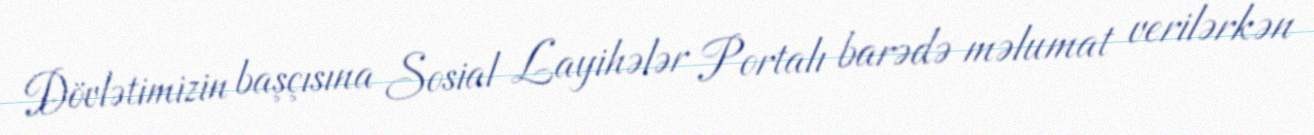
Dövlətimizin başçısına Sosial Layihələr Portalı barədə məlumat verilərkən